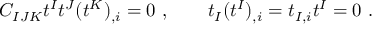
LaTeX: C _ { I J K } t ^ { I } t ^ { J } ( t ^ { K } ) _ { , i } = 0 \ , \qquad t _ { I } ( t ^ { I } ) _ { , i } = t _ { I , i } t ^ { I } = 0 \ .